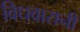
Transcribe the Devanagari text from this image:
विधवारानी